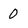
Character: 0